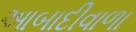
આબાદીવાળા